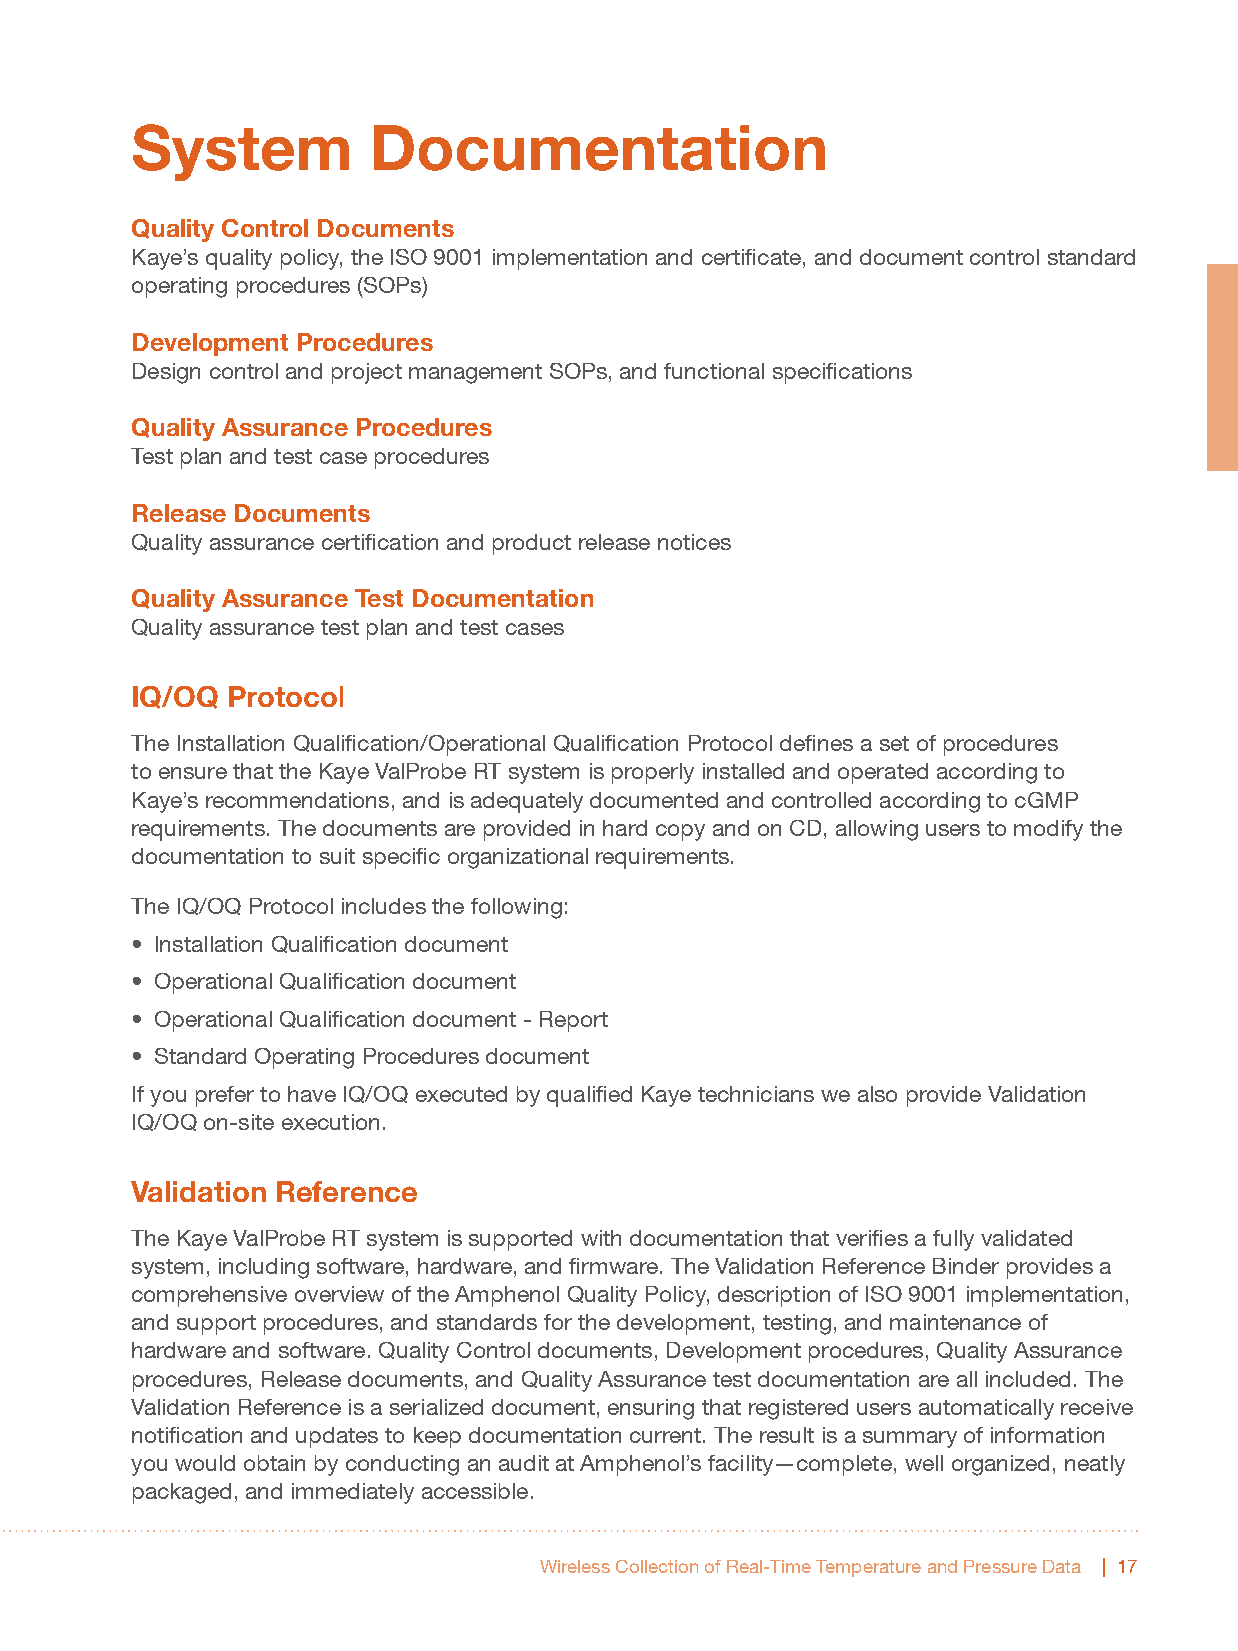
System         Documentation
 Quality Control Documents
 Kaye’s quality policy, the ISO 9001 implementation and certificate, and document control standard
 operating procedures (SOPs)
 Development Procedures
 Design control and project management SOPs, and functional specifications
 Quality Assurance Procedures
 Test plan and test case procedures
 Release Documents
 Quality assurance certification and product release notices
 Quality Assurance Test Documentation
 Quality assurance test plan and test cases
 IQ/OQ Protocol
 The Installation Qualification/Operational Qualification Protocol defines a set of procedures
 to ensure that the Kaye ValProbe RT system is properly installed and operated according to
 Kaye’s recommendations, and is adequately documented and controlled according to cGMP
 requirements. The documents are provided in hard copy and on CD, allowing users to modify the
 documentation to suit specific organizational requirements.
 The IQ/OQ Protocol includes the following:
 • Installation Qualification document
 • Operational Qualification document
 • Operational Qualification document - Report
 • Standard Operating Procedures document
 If you prefer to have IQ/OQ executed by qualified Kaye technicians we also provide Validation
 IQ/OQ on-site execution.
 Validation Reference
 The Kaye ValProbe RT system is supported with documentation that verifies a fully validated
 system, including software, hardware, and firmware. The Validation Reference Binder provides a
 comprehensive overview of the Amphenol Quality Policy, description of ISO 9001 implementation,
 and support procedures, and standards for the development, testing, and maintenance of
 hardware and software. Quality Control documents, Development procedures, Quality Assurance
 procedures, Release documents, and Quality Assurance test documentation are all included. The
 Validation Reference is a serialized document, ensuring that registered users automatically receive
 notification and updates to keep documentation current. The result is a summary of information
 you would obtain by conducting an audit at Amphenol’s facility—complete, well organized, neatly
 packaged, and immediately accessible.
 Wireless Collection of Real-Time Temperature and Pressure Data | 17